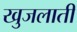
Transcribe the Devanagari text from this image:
खुजलाती